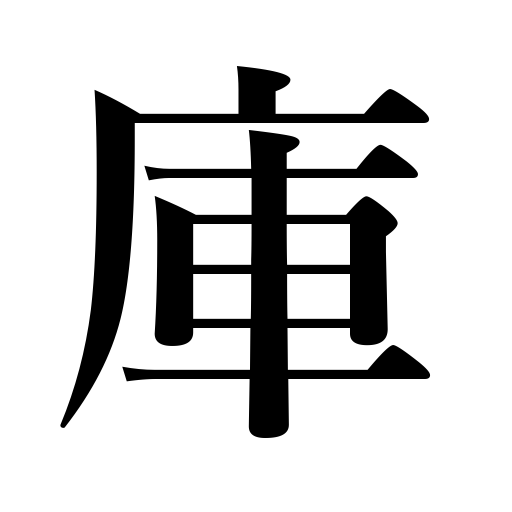
Meanings: storehouse